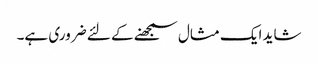
شاید ایک مثال سمجھنے کے لئے ضروری ہے۔